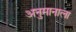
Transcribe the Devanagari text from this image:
अनुमानाला